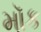
મૉક